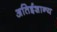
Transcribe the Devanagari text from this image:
अतिईशान्य